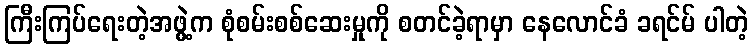
ကြီးကြပ်ရေးတဲ့အဖွဲ့က စုံစမ်းစစ်ဆေးမှုကို စတင်ခဲ့ရာမှာ နေလောင်ခံ ခရင်မ် ပါတဲ့